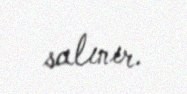
salınır.